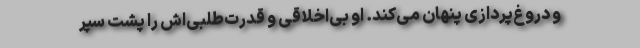
و دروغ‌پردازی پنهان می‌کند. او بی‌اخلاقی و قدرت‌طلبی‌اش را پشت سپر